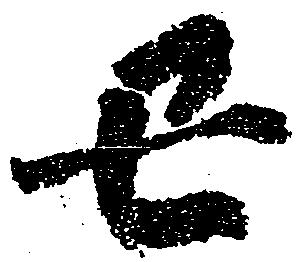
丑